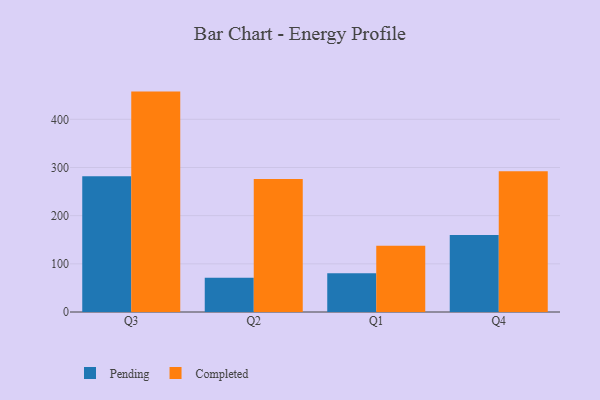
{"axis": {"x": "Quarter", "y": "Market Share (%)"}, "legend": ["Completed", "Pending"], "data": [{"x": "Q3", "y": 281.9, "type": "Pending"}, {"x": "Q3", "y": 457.5, "type": "Completed"}, {"x": "Q2", "y": 70.9, "type": "Pending"}, {"x": "Q2", "y": 276.3, "type": "Completed"}, {"x": "Q1", "y": 80.2, "type": "Pending"}, {"x": "Q1", "y": 137.7, "type": "Completed"}, {"x": "Q4", "y": 159.7, "type": "Pending"}, {"x": "Q4", "y": 292.1, "type": "Completed"}]}